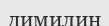
димилин